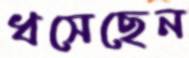
ধসেছেন